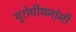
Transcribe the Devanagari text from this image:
युरोपीयनांनी